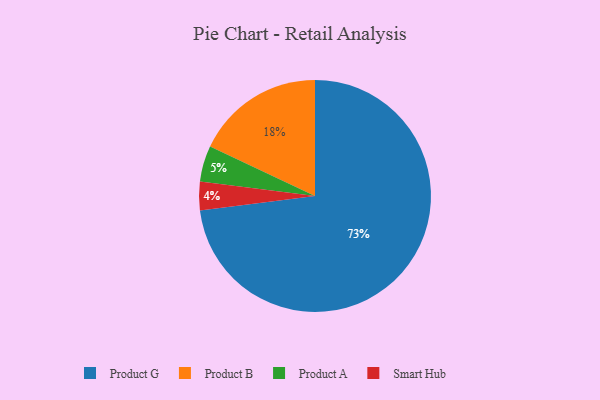
{"axis": {"x": "Category", "y": "Percentage"}, "legend": ["Product A", "Product B", "Product G", "Smart Hub"], "data": [{"x": "Product G", "y": 73, "type": "Product G"}, {"x": "Product A", "y": 5, "type": "Product A"}, {"x": "Product B", "y": 18, "type": "Product B"}, {"x": "Smart Hub", "y": 4, "type": "Smart Hub"}]}